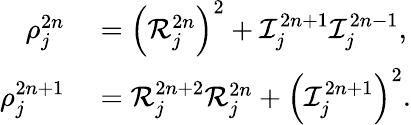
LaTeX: \begin{array}{rl}{\rho_{j}^{2n}}&{{}=\left({\cal R}_{j}^{2n}\right)^{2}+{\cal I}_{j}^{2n+1}{\cal I}_{j}^{2n-1},}\\ {\rho_{j}^{2n+1}}&{{}={\cal R}_{j}^{2n+2}{\cal R}_{j}^{2n}+\left({\cal I}_{j}^{2n+1}\right)^{2}.}\end{array}